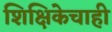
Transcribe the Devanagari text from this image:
शिक्षिकेचाही